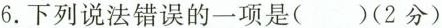
6.下列说法错误的一项是()(2分)